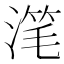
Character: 滗